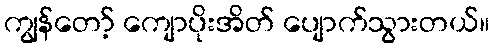
ကျွန်တော့် ကျောပိုးအိတ် ပျောက်သွားတယ်။